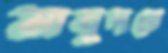
মাবুদরে